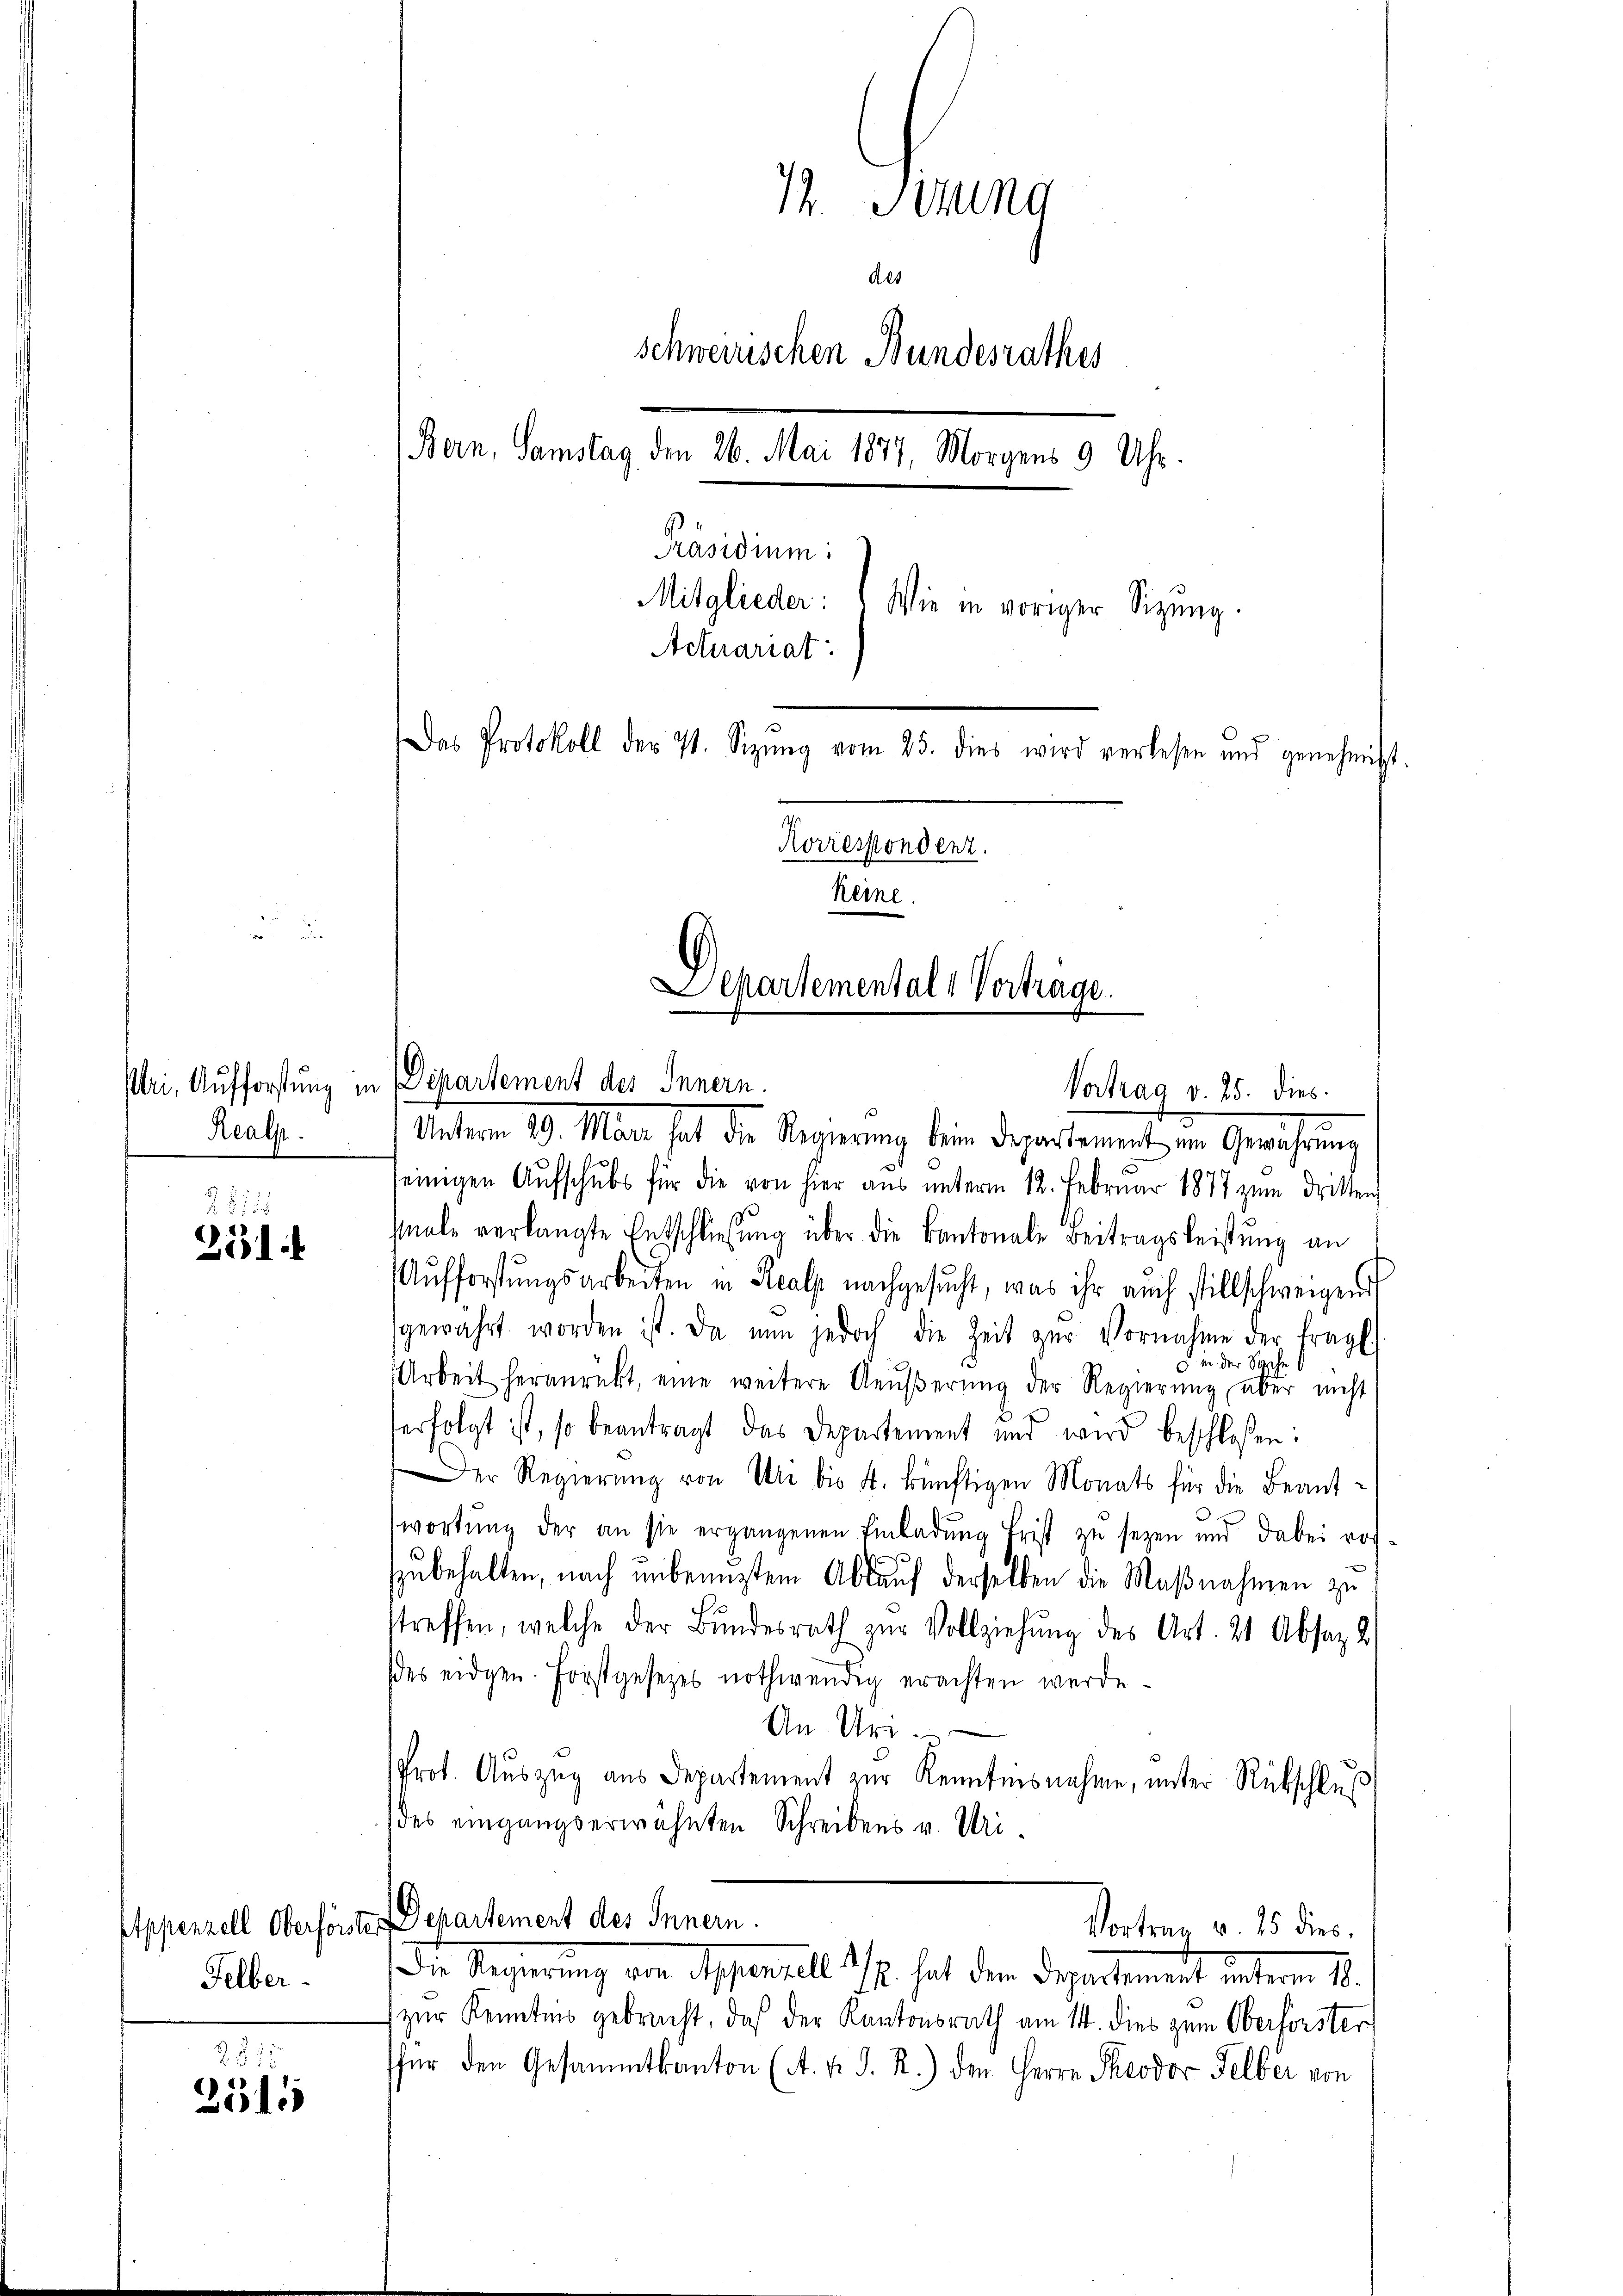
Reals.

28158
211

Felber.

2815
2515

Vortrag v. 25. dies.
Unterm 29. Man hat die Regierung beim Departement im Gewährung
seinigen Aŭfschŭbs für die von hier aŭs ŭnterm 12. Februar 1877 zŭm Dritten
Male verlangte Entschließung über die Kantonale Beitragsleistung an
Aŭfforstŭngsarbeiten in Realp nachgesŭcht, was ihr auch stillschweigend
gewährt worden ist. Da nun jedoch die Zeit zŭr Vornahme der fragl.
 in der Sache
Arbeit heranrückt, eine weitere Aeŭβerŭng der Regierŭng aber nicht
.
serfolgt ist, so beantragt das Departement und wird beschloßen:
Der Regierŭng von Uri bis 4. künftigen Monats für die Beant-
wortŭng der an sie ergangenen Einladŭng frist zu sezen und dabei rof.
szubehalten, nach unbenuztem Ablauf derselben die Maßnahmen zu
streffen, welche der Bundesrath zur Vollziehung des Art. 21 Absaz 2)
des eidgen. Forstgesetzes nothwendig erachten werde.
An Ur
Prot. Auszug aus Departement zur Kenntnisnahme, unter Rückschluß
des eingangserwähnten Schreibens v. Uri¬

72. Stund
des
schwerschen Bundesrathes
(Bern, Samstag, den 26. Mai 1877, Morgens 9 Uhr.
Präsidium:
Mitglieder:
Wie in voriger Sizung
Actuariat

Das Protokoll der 71. Sizŭng vom 25. dies wird verlesen und genehmigt.
Korrespondenz.
keine.
Departementale Vertrage.
sri, Aufforstung in Departement des Innern.

Appenzell Oberförster Departement des Innern.
Vortrag v. 15 dies

Die Regierung von Appenzell I/R. hat dem Departement unterm 18.
zur Kenntnis gebracht, daß der Kantonsrath am 14. dies zum Oberforster
für den Gesammtkanton (A. v. J. R.) den Herrn Theodor Selber von